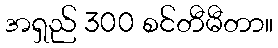
အရှည် 300 စင်တီမီတာ။